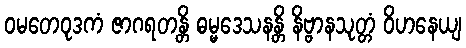
ဝမတေဝုဒကံ ဇာဂရတန္တိ ဓမ္မဒေသနန္တိ နိဗ္ဗာနသုတ္တံ ဝိဟနေယျ